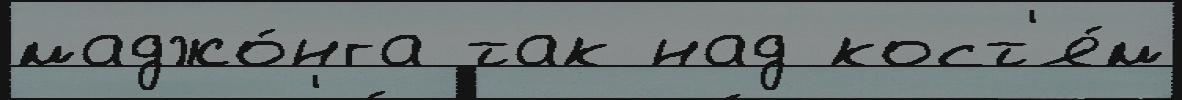
маджо́нга так над кост'я́м